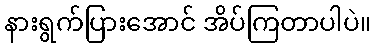
နားရွက်ပြားအောင် အိပ်ကြတာပါပဲ။